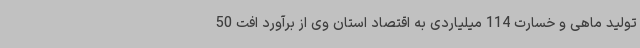
تولید ماهی و خسارت 114 میلیاردی به اقتصاد استان وی از برآورد افت 50